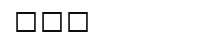
١١٠